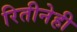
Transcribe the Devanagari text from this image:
रितीनेही